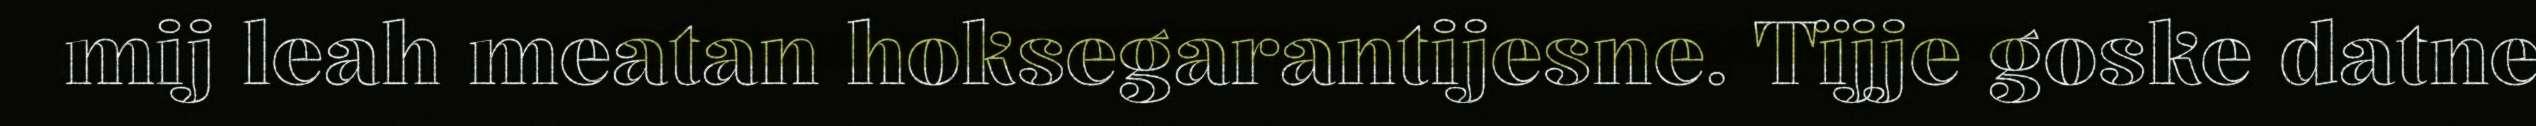
mij leah meatan hoksegarantijesne. Tïjje goske datne